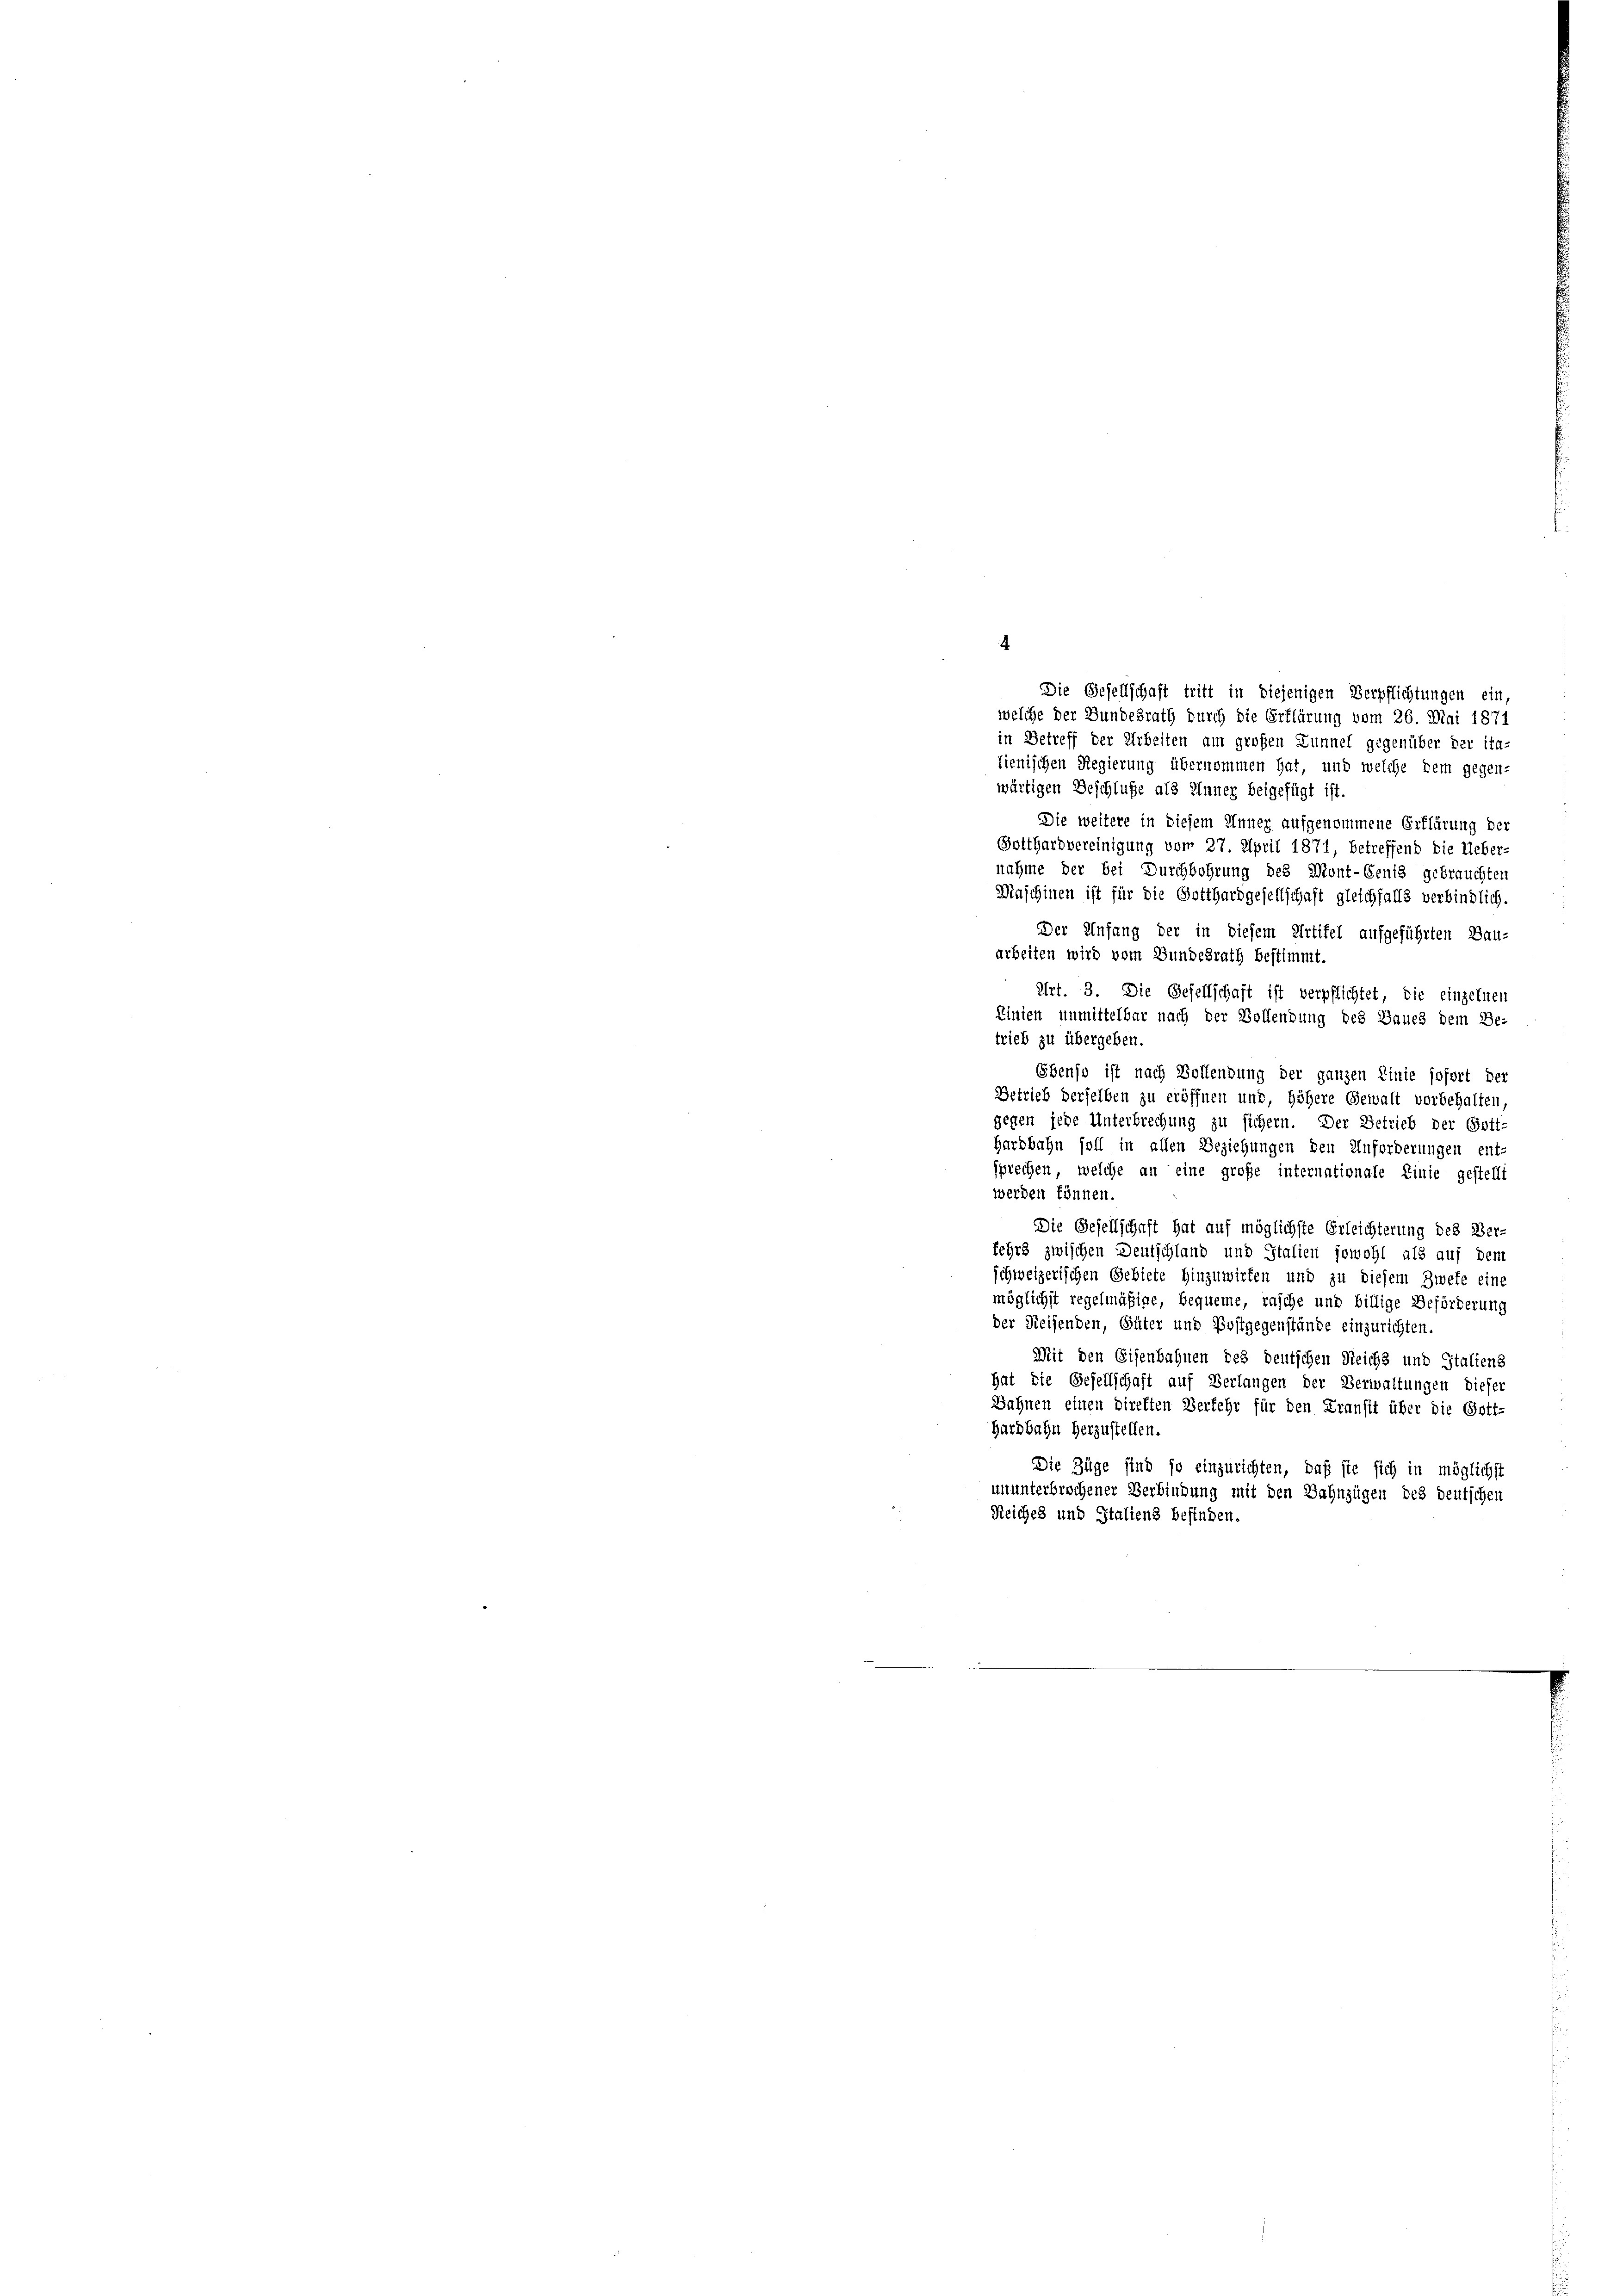
.

Die Gesellschaft tritt in diejenigen Verpflichtungen ein,
welche der Bundesrath durch die Erklärung vom 26. Mai 1871
in Betreff der Arbeiten am großen Lunnel gegenüber der ita-
lienischen Regierung übernommen hat, und welche dem gegen-
wärtigen Beschluße als Inner beigefügt ist.
Die weitere in diesem Inner aufgenommene Erklärung der
Gotthardvereinigung vom 27. April 1871, betreffend die Ueber-
nahme der bei Durchbohrung des Mont-Genis gebrauchten
Maschinen ist für die Gotthardgesellschaft gleichfalls verbindlich.
Der Anfang der in diesem Ertifel aufgeführten Bau-
arbeiten wird vom Bundesrath bestimmt.
Art. 3. Die Gesellschaft ist verpflichtet, die einzelnen
Einien unmittelbar nach der Vollendung des Baues dem Be-
trieb zu übergeben.
Ebenso ist nach Bollendung der ganzen Linie sofort der
Betrieb derselben zu eröffnen und, höhere Gewalt vorbehalten.
gegen jede Unterbrechung zu sichern. Der Betrieb der Pott-
Hardbahn soll in allen Beziehungen den Anforderungen ent-
sprechen, welche an eine große internationale Linie gestellt
werden können.
Die Gesellschaft hat auf möglichste Erleichterung des Ver-
fehrs zwischen Deutschland und Stalien sowohl als auf dem
schweizerischen Gebiete hinzuwirten und zu diesem Zwete eine
möglichst regelmäßige, bequeme, rasche und billige Beförderung
der Reisenden, Güter und Postgegenstände einzurichten.
Mit den Eisenbahnen des deutschen Reichs und Staltens
hat die Gesellschaft auf Verlangen der Verwaltungen dieser
Bahnen einen direkten Verkehr für den Transit über die Gott-
Hardbahn herzustellen.
Die Züge sind so einzurichten, daß sie sich in möglichst
ununterbrechener Verbindung mit den Bahnzügen des deutschen
Reiches und Italiens befinden.